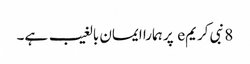
8 نبی کریمe پر ہمارا ایمان بالغیب ہے۔